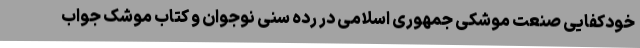
خودکفایی صنعت موشکی جمهوری اسلامی در رده سنی نوجوان و کتاب موشک جواب